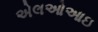
એલઓઆઇ